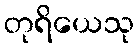
တုရိယေသု